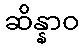
ဆိန္နာဝ